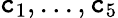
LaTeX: \mathtt{c}_{1},...,\mathtt{c}_{5}